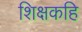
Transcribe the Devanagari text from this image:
शिक्षकहि